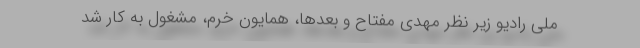
ملی رادیو زیر نظر مهدی مفتاح و بعدها، همایون خرم، مشغول به کار شد